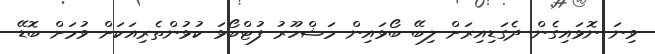
ވިނަ ނޮޅައިގެން ދެގަޑިއިރަށް ލިބޭ ބޯޅައިން މަޝްހޫރު ފުޓްބޯޅަ ކުޅުންތެރިއަކަށް ވުމަށް ބޮޑޭ